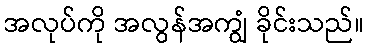
အလုပ်ကို အလွန်အကျွံ ခိုင်းသည်။